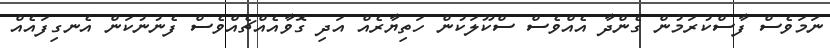
ނަމަވެސް ފާސްކުރަމުން ގެންދާ އެއްވެސް ސްކޫލަކުން ހަތިޔާރެއް އަދި ގޮވާއެއްޗެއްވެސް ފެނުނުކަން އެނގިފައެއް